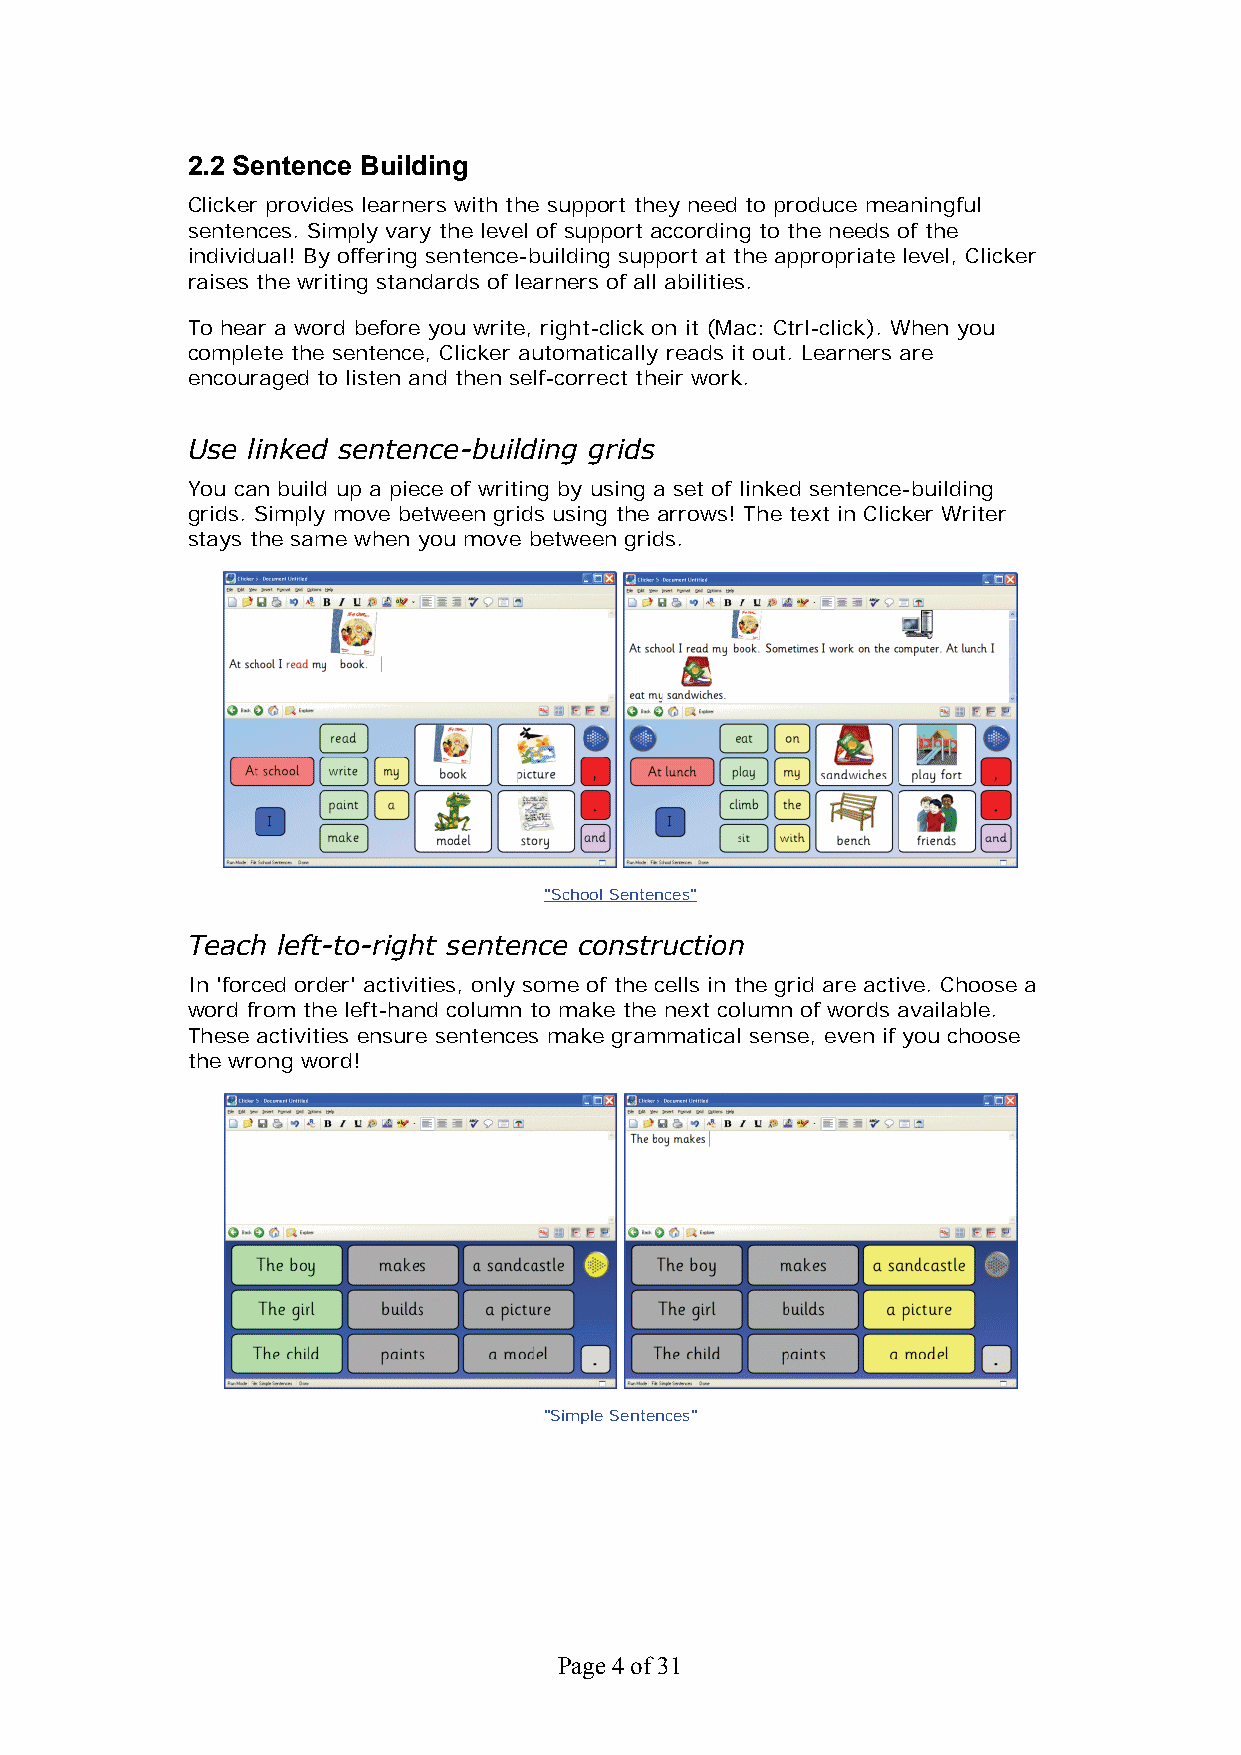
2.2 Sentence Building
 Clicker provides learners with the support they need to produce meaningful
 sentences. Simply vary the level of support according to the needs of the
 individual! By offering sentence-building support at the appropriate level, Clicker
 raises the writing standards of learners of all abilities.
 To hear a word before you write, right-click on it (Mac: Ctrl-click). When you
 complete the sentence, Clicker automatically reads it out. Learners are
 encouraged to listen and then self-correct their work.
 Use linked sentence-building grids
 You can build up a piece of writing by using a set of linked sentence-building
 grids. Simply move between grids using the arrows! The text in Clicker Writer
 stays the same when you move between grids.
 "School Sentences"
 Teach left-to-right sentence construction
 In 'forced order' activities, only some of the cells in the grid are active. Choose a
 word from the left-hand column to make the next column of words available.
 These activities ensure sentences make grammatical sense, even if you choose
 the wrong word!
 "Simple Sentences"
 Page 4 of 31